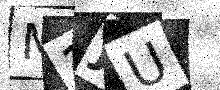
Text: M3JU